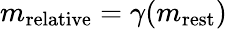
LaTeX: m_{\mathrm{relative}}=\gamma(m_{\mathrm{rest}})